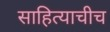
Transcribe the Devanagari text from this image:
साहित्याचीच